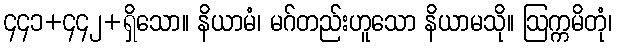
၄၄၁+၄၄၂+ရှိသော။ နိယာမံ၊ မဂ်တည်းဟူသော နိယာမသို။ ဩက္ကမိတုံ၊